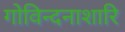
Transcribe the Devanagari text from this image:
गोविन्दनाशारि